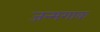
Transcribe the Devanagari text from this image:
जन्मगावः